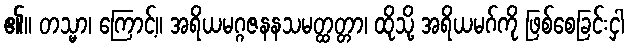
၏။ တသ္မာ၊ ကြောင့်။ အရိယမဂ္ဂဇနနသမတ္ထတ္တာ၊ ထိုသို့ အရိယမဂ်ကို ဖြစ်စေခြင်းငှါ